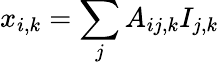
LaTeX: x_{i,k}=\sum_{j}A_{ij,k}I_{j,k}